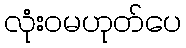
လုံးဝမဟုတ်ပေ